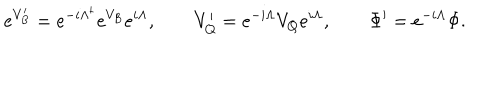
LaTeX: e ^ { V _ { B } ^ { \prime } } = e ^ { - i \Lambda ^ { \dagger } } e ^ { V _ { B } } e ^ { i \Lambda } , \qquad V _ { Q } ^ { \prime } = e ^ { - i \Lambda } V _ { Q } e ^ { i \Lambda } , \qquad \Phi ^ { \prime } = e ^ { - i \Lambda } \Phi .